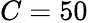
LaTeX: C=50